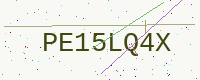
Text: PE15LQ4X